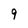
Character: 9